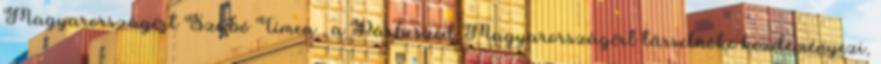
Magyarországért Szabó Tímea , a Párbeszéd Magyarországért társelnöke kezdeményezi,